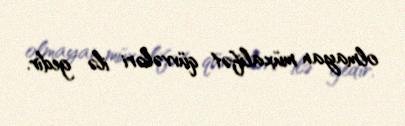
olmayan müxalifət qüvvələri ilə gedir.